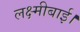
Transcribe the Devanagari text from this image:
लक्ष्मीबाई।